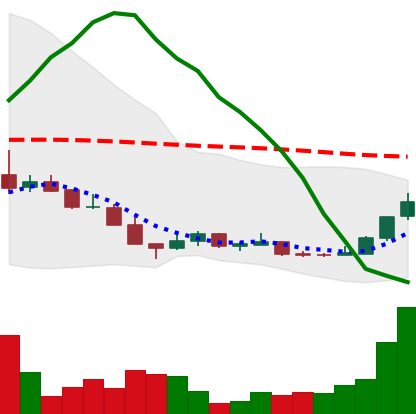
Ticker: LINK-USD
Chart end date: 2018-12-19
Forward return: 3.916%
Label: up_3_5